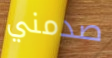
صدمني